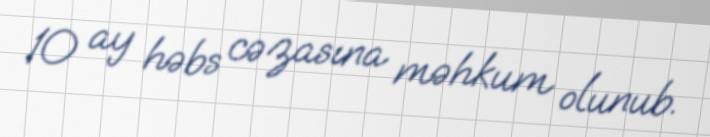
10 ay həbs cəzasına məhkum olunub.